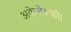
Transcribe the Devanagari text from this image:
अकेशेरूकी।